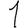
Digit: 1